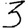
Digit: 3